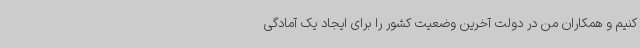
کنیم و همکاران من در دولت آخرین وضعیت کشور را برای ایجاد یک آمادگی